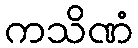
ကသိဏံ